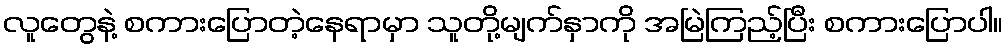
လူတွေနဲ့ စကားပြောတဲ့နေရာမှာ သူတို့မျက်နှာကို အမြဲကြည့်ပြီး စကားပြောပါ။